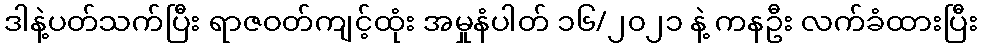
ဒါနဲ့ပတ်သက်ပြီး ရာဇဝတ်ကျင့်ထုံး အမှုနံပါတ် ၁၆/၂၀၂၁ နဲ့ ကနဦး လက်ခံထားပြီး